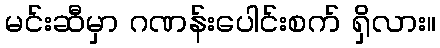
မင်းဆီမှာ ဂဏန်းပေါင်းစက် ရှိလား။